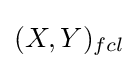
(X,Y)_{fcl}